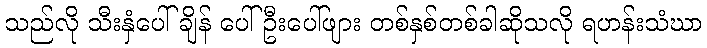
သည်လို သီးနှံပေါ်ချိန် ပေါ်ဦးပေါ်ဖျား တစ်နှစ်တစ်ခါဆိုသလို ရဟန်းသံဃာ